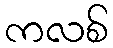
ကလစ်